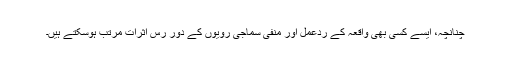
چنانچہ، ایسے کسی بھی واقعہ کے ردّعمل اور منفی سماجی روّیوں کے دور رس اثرات مرتب ہوسکتے ہیں۔